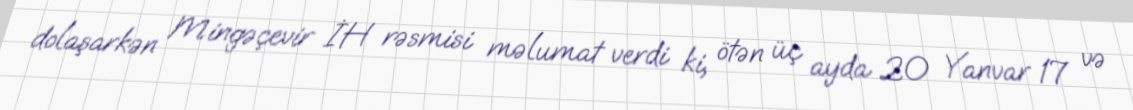
dolaşarkən Mingəçevir İH rəsmisi məlumat verdi ki, ötən üç ayda 20 Yanvar 17 və